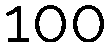
100